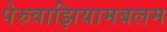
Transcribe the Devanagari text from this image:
पेरुवाझियामबलम